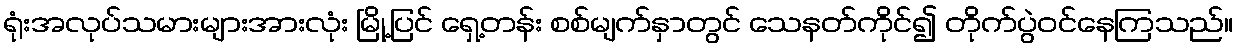
ရုံးအလုပ်သမားများအားလုံး မြို့ပြင် ရှေ့တန်း စစ်မျက်နှာတွင် သေနတ်ကိုင်၍ တိုက်ပွဲဝင်နေကြသည်။